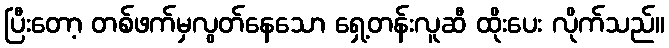
ပြီးတော့ တစ်ဖက်မှလွတ်နေသော ရှေ့တန်းလူဆီ ထိုးပေး လိုက်သည်။